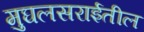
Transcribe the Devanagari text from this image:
मुघलसराईतील